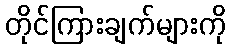
တိုင်ကြားချက်များကို